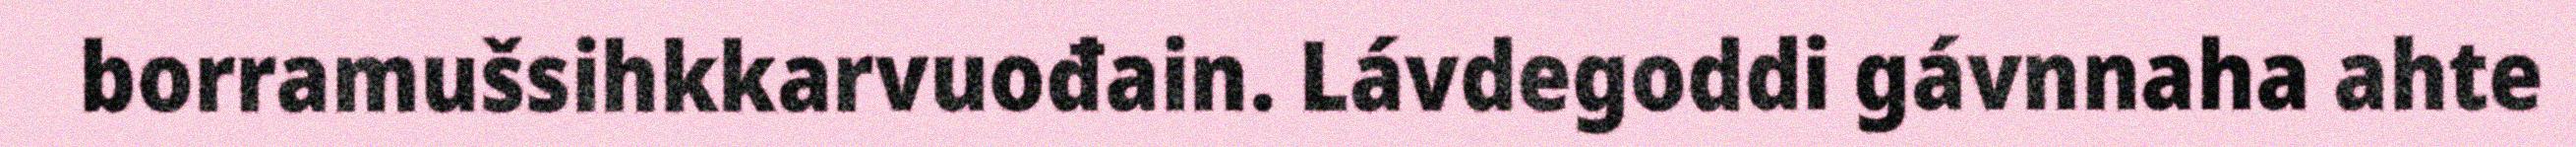
borramušsihkkarvuođain. Lávdegoddi gávnnaha ahte